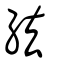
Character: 紶